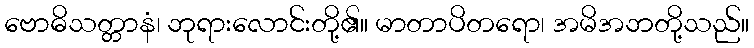
ဗောဓိသတ္တာနံ၊ ဘုရားလောင်းတို့၏။ မာတာပိတရော၊ အမိအဘတို့သည်။